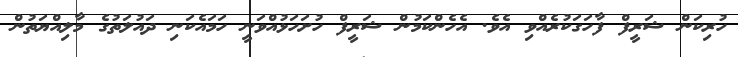
ހުރިކަން ޝަރީފް ފާހަގަކުރެއްވި އެވެ. އެހެންކަމުން ޝަރީފް ހުށަހަޅުއްވަނީ ހަމައެކަނި ދައުލަތުގެ މާލިއްޔަތުން